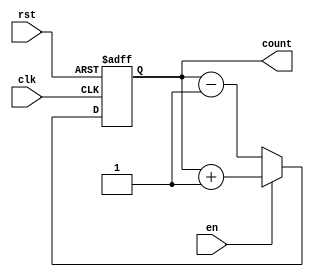
module gray_code_counter (
  input wire clk,
  input wire rst,
  input wire en,
  output reg [3:0] count
);

reg [3:0] next_count;

always @ (posedge clk or posedge rst) begin
  if (rst) begin
    count <= 4'b0000;
  end else begin
    if (en) begin
      next_count = count + 1;
    end else begin
      next_count = count - 1;
    end
    count <= next_count;
  end
end

endmodule